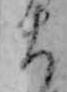
ま